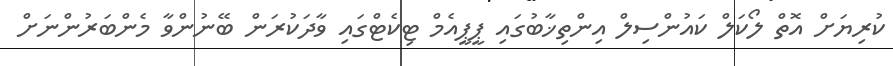
ކުރިޔަށް އޮތް ލޯކަލް ކައުންސިލް އިންތިޚާބުގައި ޕީޕީއެމް ޓިކެޓްގައި ވާދަކުރަން ބޭނުންވާ މެންބަރުންނަށް